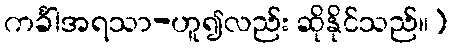
ကင်္ခါအရသာ-ဟူ၍လည်း ဆိုနိုင်သည်။)